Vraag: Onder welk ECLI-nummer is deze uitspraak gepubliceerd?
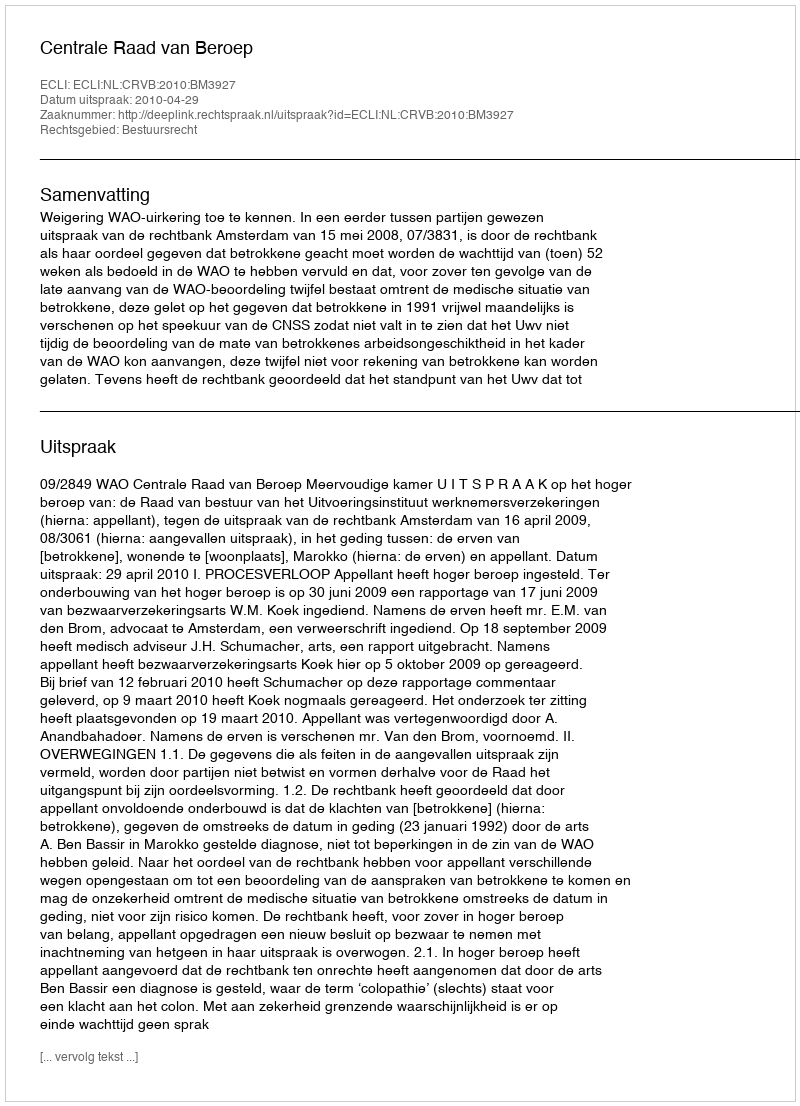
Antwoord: ECLI:NL:CRVB:2010:BM3927